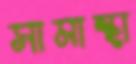
সামান্থা